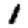
Digit: 1